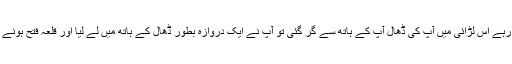
حضرت علی رضی اللہ عنہ ان سے لڑتے رہے اس لڑائی میں آپ کی ڈھال آپ کے ہاتھ سے گر گئی تو آپ نے ایک دروازہ بطور ڈھال کے ہاتھ میں لے لیا اور قلعہ فتح ہونے تک آپ اسے ہاتھ میں لے کر لڑتے رہے ۔